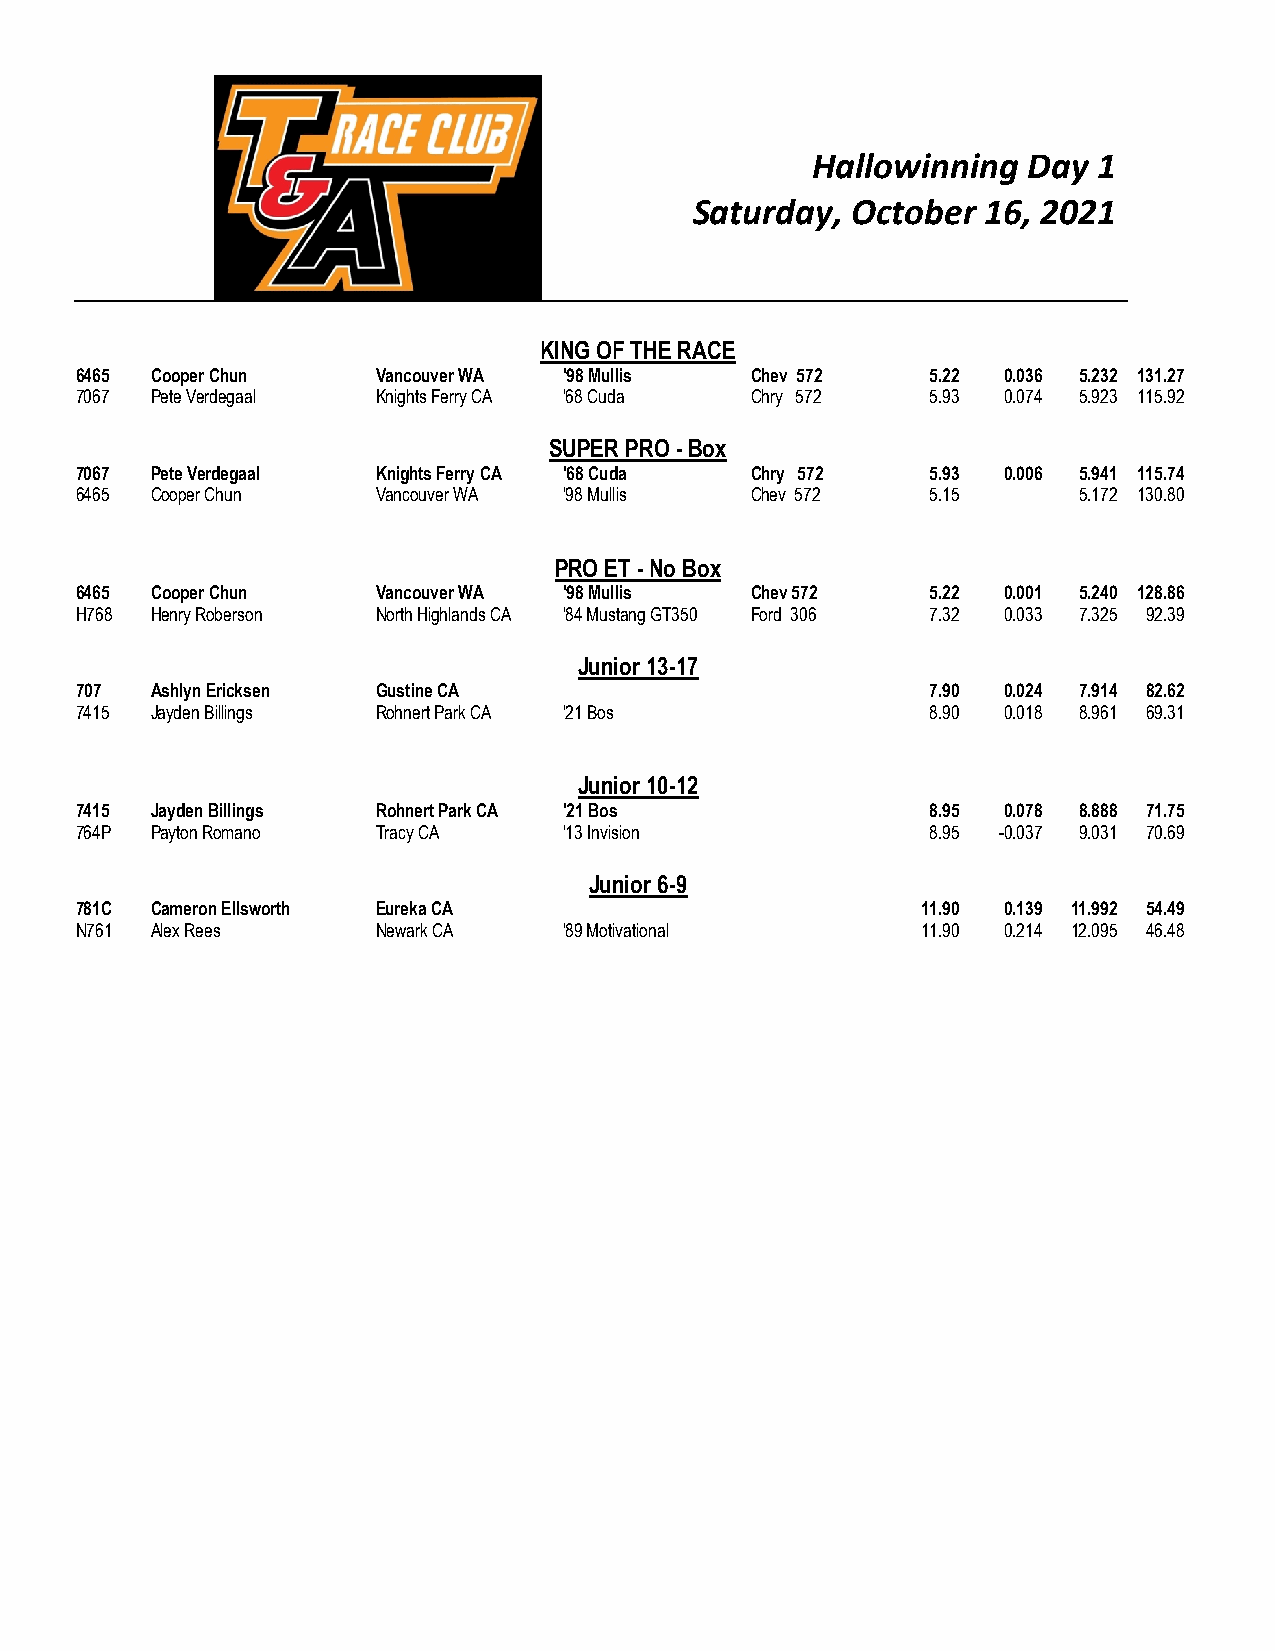
Hallowinning  Day  1
 Saturday, October  16, 2021
 KING OF THE RACE
 6465 Cooper Chun    Vancouver WA '98 Mullis  Chev 572    5.22 0.036 5.232 131.27
 7067 Pete Verdegaal Knights Ferry CA '68 Cuda Chry 572   5.93 0.074 5.923 115.92
 SUPER PRO - Box
 7067 Pete Verdegaal Knights Ferry CA '68 Cuda Chry 572   5.93 0.006 5.941 115.74
 6465 Cooper Chun    Vancouver WA '98 Mullis  Chev 572    5.15     5.172 130.80
 PRO ET - No Box
 6465 Cooper Chun    Vancouver WA '98 Mullis  Chev 572    5.22 0.001 5.240 128.86
 H768 Henry Roberson North Highlands CA '84 Mustang GT350 Ford 306 7.32 0.033 7.325 92.39
 Junior 13-17
 707  Ashlyn Ericksen Gustine CA                          7.90 0.024 7.914 82.62
 7415 Jayden Billings Rohnert Park CA '21 Bos             8.90 0.018 8.961 69.31
 Junior 10-12
 7415 Jayden Billings Rohnert Park CA '21 Bos             8.95 0.078 8.888 71.75
 764P Payton Romano  Tracy CA    '13 Invision             8.95 -0.037 9.031 70.69
 Junior 6-9
 781C Cameron Ellsworth Eureka CA                        11.90 0.139 11.992 54.49
 N761 Alex Rees      Newark CA   '89 Motivational        11.90 0.214 12.095 46.48